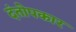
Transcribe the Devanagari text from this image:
दंतोपकार